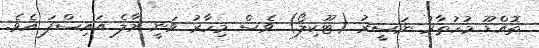
ތޮއްޑޫ މުހުތާރު ނަސީރު (ޓޫކިލޯ) ވެސް މިހާރު ވަނީ މާލެ އައިސްފަ އެވެ.